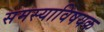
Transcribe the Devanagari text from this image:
समस्याविषयक